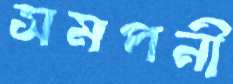
সমপনী